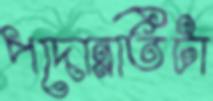
পদোন্নতিটা